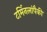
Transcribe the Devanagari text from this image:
टर्मिनलांपैकी